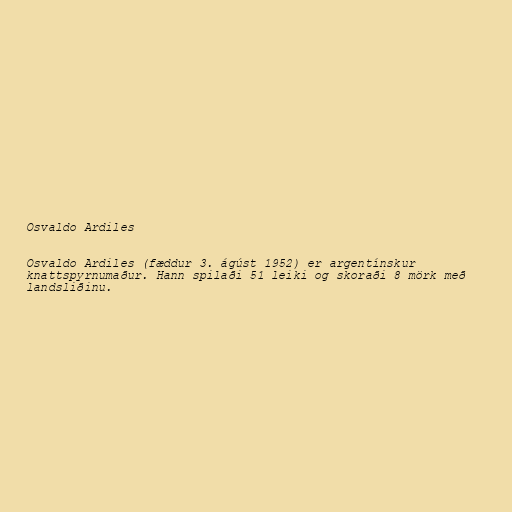
Osvaldo Ardiles

Osvaldo Ardiles (fæddur 3. ágúst 1952) er argentínskur
knattspyrnumaður. Hann spilaði 51 leiki og skoraði 8 mörk með
landsliðinu.